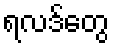
ရလဒ်တွေ